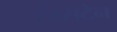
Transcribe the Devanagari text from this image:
टंग्सटेन